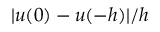
| \boldsymbol { u } ( 0 ) - \boldsymbol { u } ( - h ) | / h